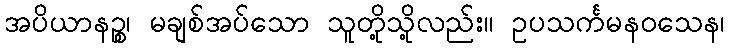
အပိယာနဉ္စ၊ မချစ်အပ်သော သူတို့သို့လည်း။ ဥပသင်္ကမနဝသေန၊